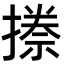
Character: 𭢏